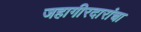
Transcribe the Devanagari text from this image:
जहागीरदारांचा